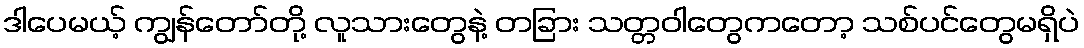
ဒါပေမယ့် ကျွန်တော်တို့ လူသားတွေနဲ့ တခြား သတ္တဝါတွေကတော့ သစ်ပင်တွေမရှိပဲ